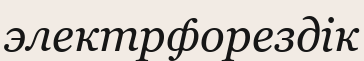
электрфорездік